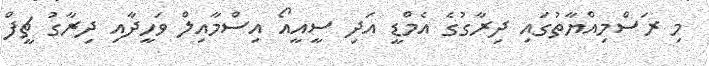
މި ރަސްމިއްޔާތުގައި ދިރާގުގެ އެމްޑީ އަދި ސީއީއޯ އިސްމާއިލް ވަހީދާއި ދިރާގު ޗީފް